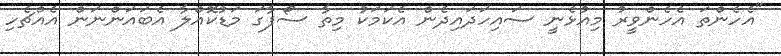
"އެހެންތަ އެހެންވީރު މިއުޅެނީ ސައިހަދައިދެން އެކަމަކު މިތާ ސޯފާގަ މަޑުކޮއްލާ އެބައަންނަން އެއްޗެހި